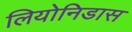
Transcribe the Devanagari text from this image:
लियोनिडास